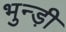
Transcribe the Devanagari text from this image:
भुन्ड़ी